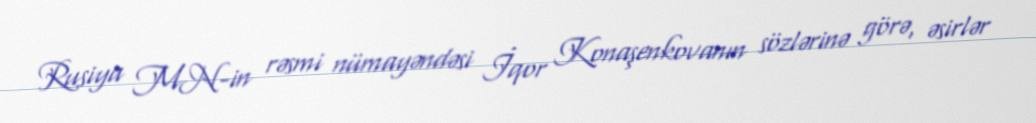
Rusiya MN-in rəsmi nümayəndəsi İqor Konaşenkovanın sözlərinə görə, əsirlər